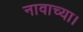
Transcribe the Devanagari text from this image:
नावाच्या।